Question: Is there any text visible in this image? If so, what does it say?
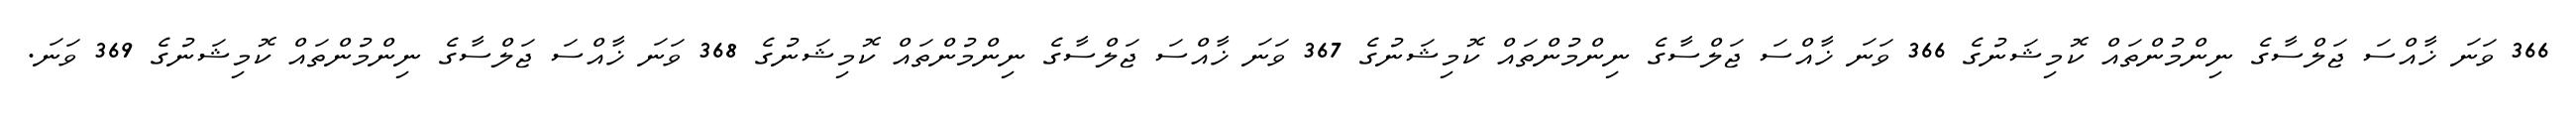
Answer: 366 ވަނަ ޚާއްސަ ޖަލްސާގެ ނިންމުންތައް ކޮމިޝަނުގެ 366 ވަނަ ޚާއްސަ ޖަލްސާގެ ނިންމުންތައް ކޮމިޝަނުގެ 367 ވަނަ ޚާއްސަ ޖަލްސާގެ ނިންމުންތައް ކޮމިޝަނުގެ 368 ވަނަ ޚާއްސަ ޖަލްސާގެ ނިންމުންތައް ކޮމިޝަނުގެ 369 ވަނަ.